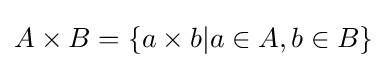
A\times B=\{a\times b|a\in A,b\in B\}